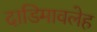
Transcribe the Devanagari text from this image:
दाडिमावलेह